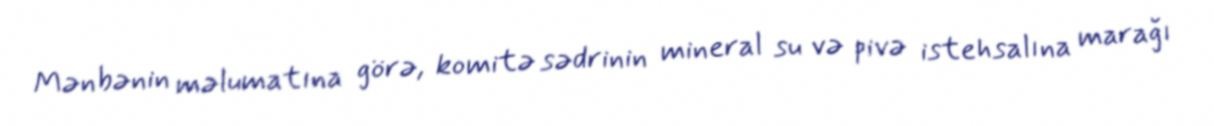
Mənbənin məlumatına görə, komitə sədrinin mineral su və pivə istehsalına marağı